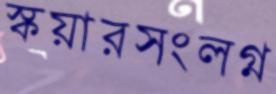
স্কয়ারসংলগ্ন